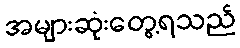
အများဆုံးတွေ့ရသည်